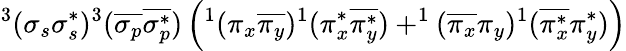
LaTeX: ^3(\sigma_{s}\sigma_{s}^{*})^{3}(\overline{{\sigma_{p}}}\overline{{\sigma_{p}^{*}}})\left(^1(\pi_{x}\overline{{\pi_{y}}})^{1}(\pi_{x}^{*}\overline{{\pi_{y}^{*}}})+^{1}(\overline{{\pi_{x}}}\pi_{y})^{1}(\overline{{\pi_{x}^{*}}}\pi_{y}^{*})\right)